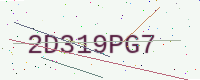
Text: 2D319PG7